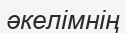
әкелімнің